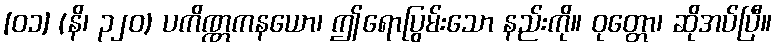
[၀၁] (နိ၊ ၃၂၀) ပကိဏ္ဏကနယော၊ ဤရောပြွမ်းသော နည်းကို။ ဝုတ္တော၊ ဆိုအပ်ပြီ။